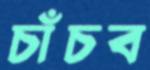
চাঁচব